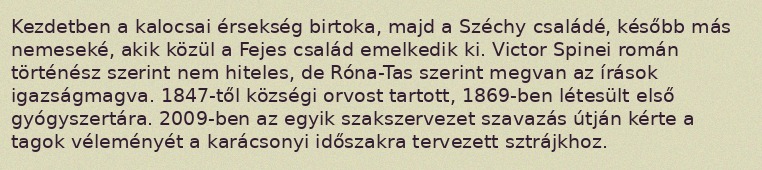
Kezdetben a kalocsai érsekség birtoka, majd a Széchy családé, később más nemeseké, akik közül a Fejes család emelkedik ki. Victor Spinei román történész szerint nem hiteles, de Róna-Tas szerint megvan az írások igazságmagva. 1847-től községi orvost tartott, 1869-ben létesült első gyógyszertára. 2009-ben az egyik szakszervezet szavazás útján kérte a tagok véleményét a karácsonyi időszakra tervezett sztrájkhoz.